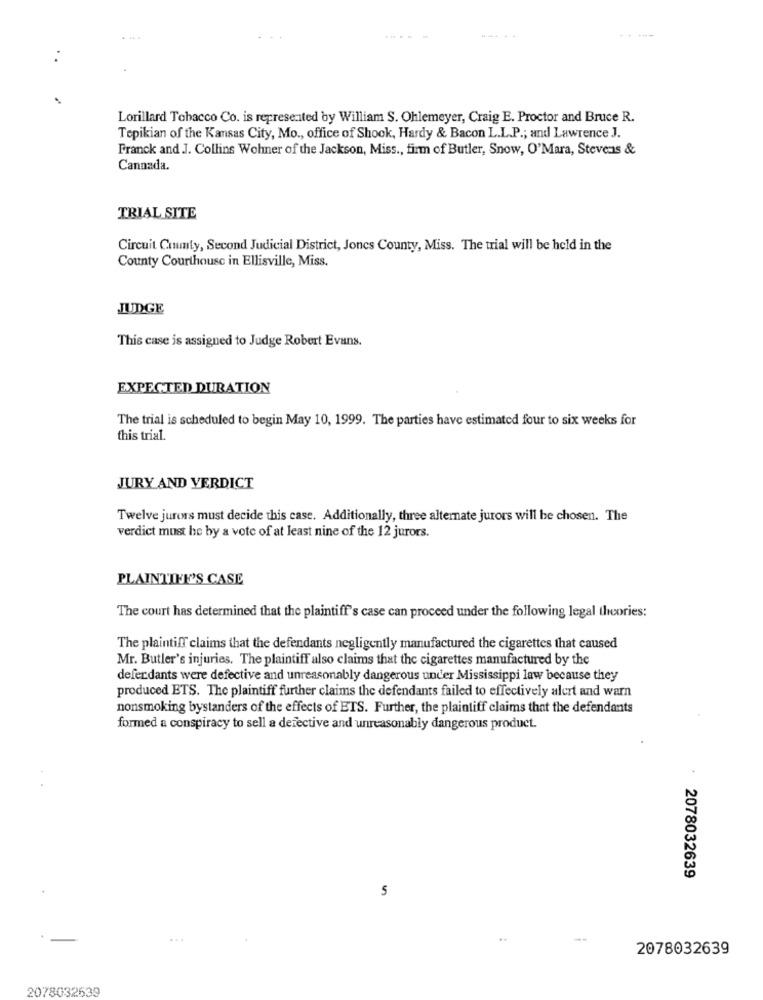
....-
.........
Lorillard Tobacco Co. is represented by William S. Ohlemeyer, Craig E. Proctor and Bruce R.
Tepikian of the Kansas City, Mo ., office of Shook, Hardy & Bacon L.L.P .; and Lawrence J.
Franck and J. Collins Wohner of the Jackson, Miss ., firm of Butler, Snow, O'Mara, Stevens &
Cannada.
TRIAL SITE
Circuit Comumty, Second Judicial District, Joncs County, Miss. The trial will be held in the
County Courthouse in Ellisville, Miss.
JUDGE
This case is assigned to Judge Robert Evans.
EXPECTED DURATION
The trial is scheduled to begin May 10, 1999. The parties have estimated four to six weeks for
this trial.
JURY AND VERDICT
Twelve jurors must decide this case. Additionally, three alternate jurors will be chosen. The
verdict must he by a vote of at least nine of the 12 jurors.
PLAINTIHE'S CASE
The court has determined that the plaintiff's case can proceed under the following legal theories:
The plaintiff claims that the defendants negligently manufactured the cigarettes that caused
Mr. Butler's injuries. The plaintiff also claims that the cigarettes manufactured by the
defendants were defective and unreasonably dangerous under Mississippi law because they
produced ETS. The plaintiff further claims the defendants failed to effectively alert and warn
nonsmoking bystanders of the effects of ETS. Further, the plaintiff claims that the defendants
formed a conspiracy to sell a defective and unreasonably dangerous product.
2078032639
...
2078032639
2078032639